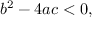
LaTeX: b ^ { 2 } - 4 a c < 0 ,